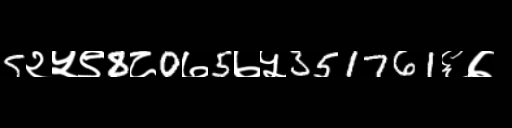
Text: 5२५९8८0७5७५351761६७